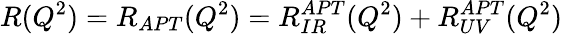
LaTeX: R(Q^{2})=R_{APT}(Q^{2})=R_{IR}^{APT}(Q^{2})+R_{UV}^{APT}(Q^{2})